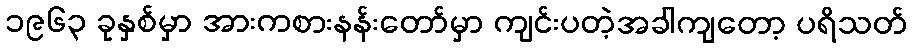
၁၉၆၃ ခုနှစ်မှာ အားကစားနန်းတော်မှာ ကျင်းပတဲ့အခါကျတော့ ပရိသတ်